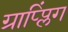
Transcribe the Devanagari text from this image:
ग्राप्प्लिंग